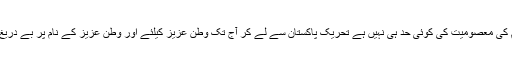
سچ پوچھئے تو اس عوام کی معصومیت کی کوئی حد ہی نہیں ہے تحریکِ پاکستان سے لے کر آج تک وطنِ عزیز کیلئے اور وطنِ عزیز کے نام پر بے دریغ قربانیاں دیتی آرہی ہے۔